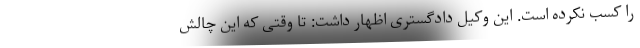
را کسب نکرده است. این وکیل دادگستری اظهار داشت: تا وقتی که این چالش